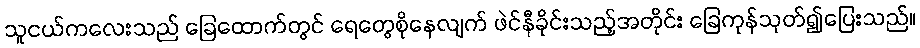
သူငယ်ကလေးသည် ခြေထောက်တွင် ရေတွေစိုနေလျက် ဖဲင်နီခိုင်းသည့်အတိုင်း ခြေကုန်သုတ်၍ပြေးသည်။